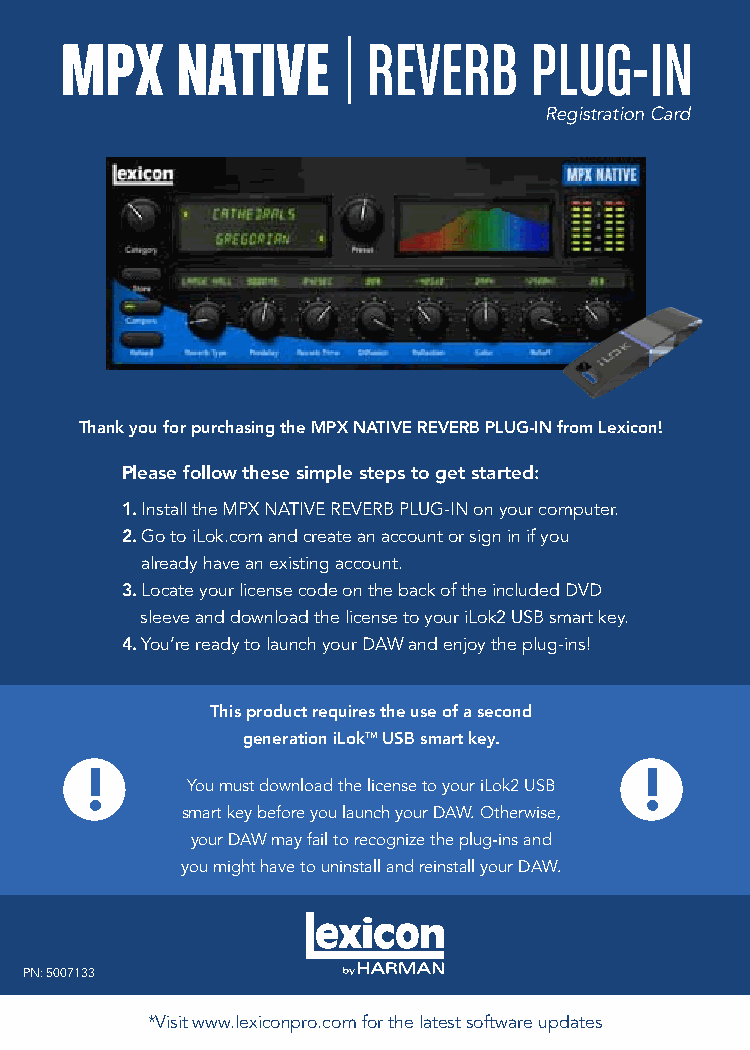
Registration Card
 Thank you for purchasing the MPX NATIVE REVERB PLUG-IN from Lexicon!
 Please follow these simple steps to get started:
 1. Install the MPX NATIVE REVERB PLUG-IN on your computer.
 2. Go to iLok.com and create an account or sign in if you
 already have an existing account.
 3. Locate your license code on the back of the included DVD
 sleeve and download the license to your iLok2 USB smart key.
 4. You’re ready to launch your DAW and enjoy the plug-ins!
 This product requires the use of a second
 generation iLokTM USB smart key.
 You must download the license to your iLok2 USB
 smart key before you launch your DAW. Otherwise,
 your DAW may fail to recognize the plug-ins and
 you might have to uninstall and reinstall your DAW.
 PN: 5007133
 *Visit www.lexiconpro.com for the latest software updates